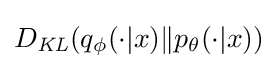
D_{\mathit {KL}}(q_{\phi }(\cdot |x)\|p_{\theta }(\cdot |x))